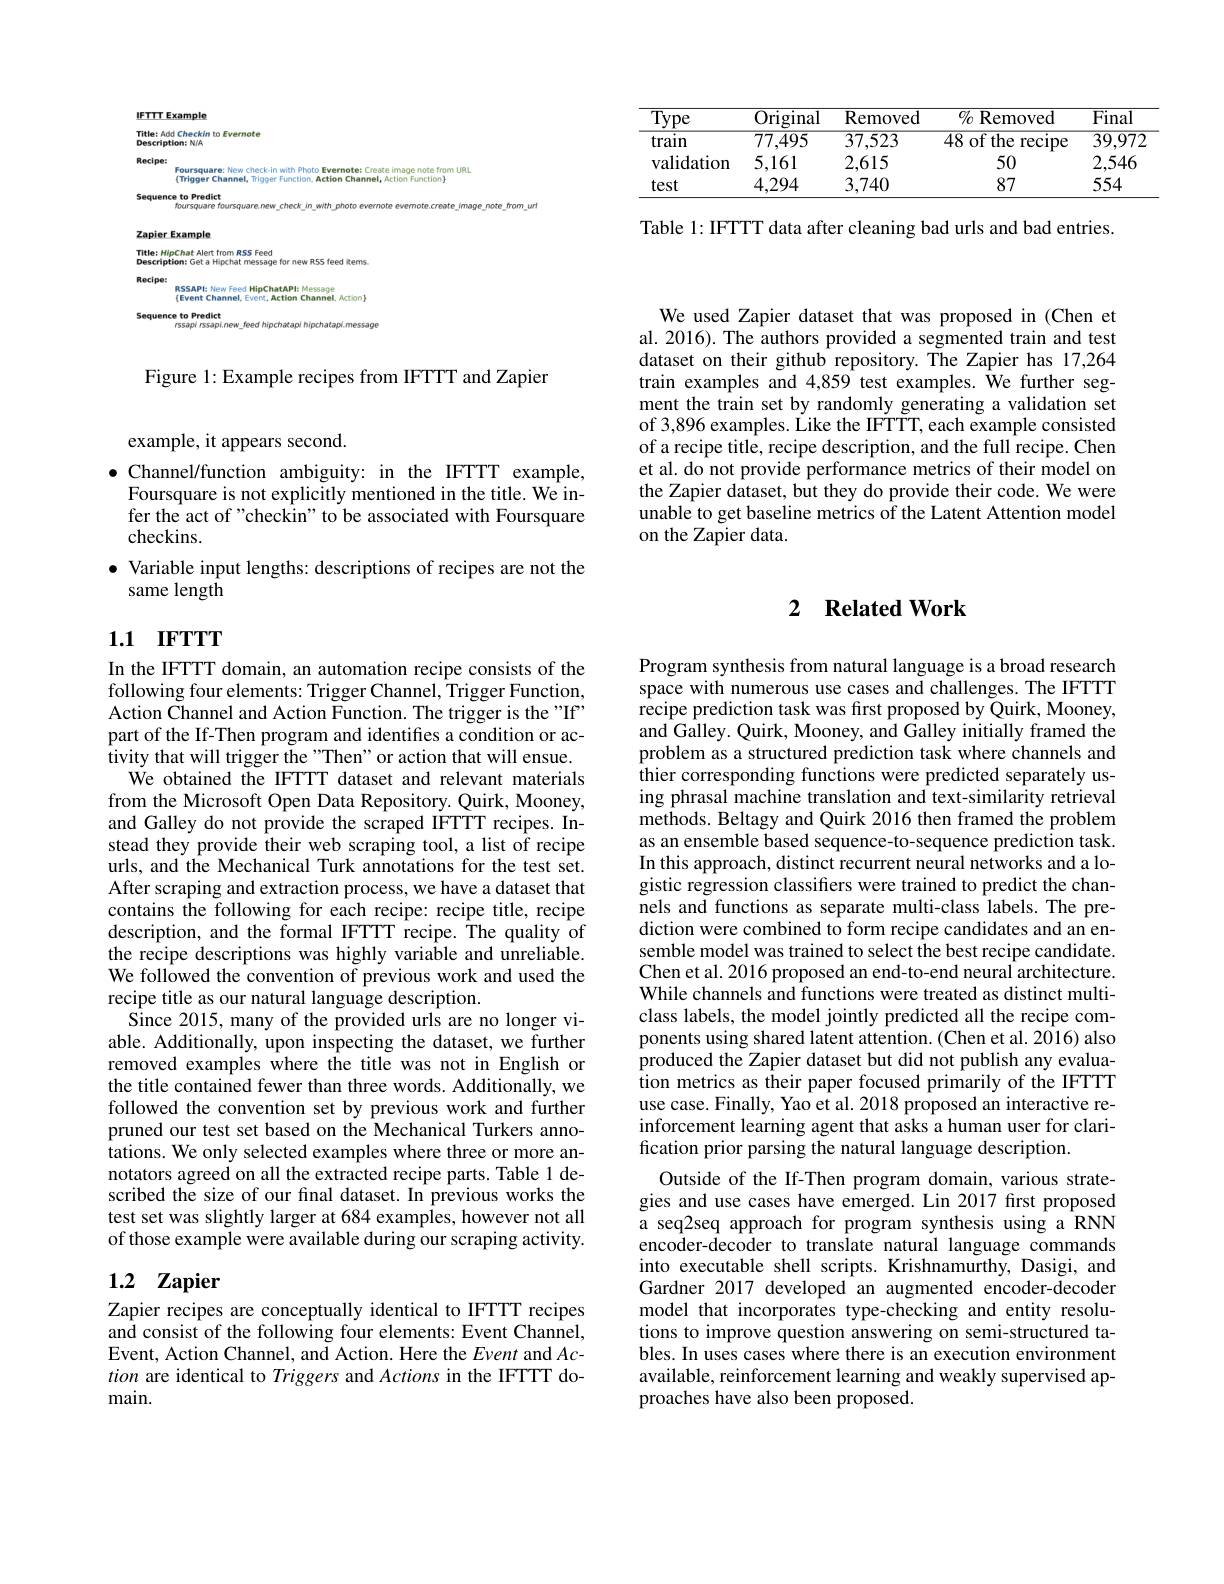
<FigureHere>

Figure 1: Example recipes from IFTTT and Zapier

<table>
	<tbody>
		<tr>
			<th>$\overline{\mathrm{Type}}$</th>
			<th>Original</th>
			<th>Removed</th>
			<th>$\%$ Removed</th>
			<th>$\overline{\mathrm{Final}}$</th>
		</tr>
		<tr>
			<td>train</td>
			<td>77,495</td>
			<td>37,523</td>
			<td>$\overline{48\mathrm{~of~the~recipe}}$</td>
			<td>$\overline{39,972}$</td>
		</tr>
		<tr>
			<td>validation</td>
			<td>5,161</td>
			<td>2,615</td>
			<td>50</td>
			<td>2,546</td>
		</tr>
		<tr>
			<td>test</td>
			<td>4,294</td>
			<td>3,740</td>
			<td>87</td>
			<td>554</td>
		</tr>
	</tbody>
</table>

Table 1: IFTTT data after cleaning bad urls and bad entries.

We used Zapier dataset that was proposed in (Chen et al. 2016). The authors provided a segmented train and test dataset on their github repository. The Zapier has 17,264 train examples and 4,859 test examples. We further segment the train set by randomly generating a validation set of 3,896 examples. Like the IFTTT, each example consisted of a recipe title, recipe description, and the full recipe. Chen et al. do not provide performance metrics of their model on the Zapier dataset, but they do provide their code. We were unable to get baseline metrics of the Latent Attention model on the Zapier data.

example, it appears second.

$\bullet$ Channel/function ambiguity: in the IFTTT example,
Foursquare is not explicitly mentioned in the title. We infer the act of "checkin" to be associated with Foursquare checkins.
$\bullet$ Variable input lengths: descriptions of recipes are not the

same length

# 1.1 IFTTT

In the IFTTT domain, an automation recipe consists of the following four elements: Trigger Channel, Trigger Function, Action Channel and Action Function. The trigger is the "If" part of the If-Then program and identifies a condition or activity that will trigger the "Then" or action that will ensue. We obtained the IFTTT dataset and relevant materials
from the Microsoft Open Data Repository. Quirk, Mooney, and Galley do not provide the scraped IFTTT recipes. Instead they provide their web scraping tool, a list of recipe urls, and the Mechanical Turk annotations for the test set. After scraping and extraction process, we have a dataset that contains the following for each recipe: recipe title, recipe description, and the formal IFTTT recipe. The quality of the recipe descriptions was highly variable and unreliable. We followed the convention of previous work and used the recipe title as our natural language description.
Since 2015, many of the provided urls are no longer viable. Additionally, upon inspecting the dataset, we further removed examples where the title was not in English or the title contained fewer than three words. Additionally, we followed the convention set by previous work and further pruned our test set based on the Mechanical Turkers annotations. We only selected examples where three or more annotators agreed on all the extracted recipe parts. Table 1 described the size of our final dataset. In previous works the test set was slightly larger at 684 examples, however not all of those example were available during our scraping activity.

## 1.2 $\mathbf{Zapier}$

Zapier recipes are conceptually identical to IFTTT recipes and consist of the following four elements: Event Channel, Event, Action Channel, and Action. Here the Event and $Ac-$ tion are identical to Triggers and Actions in the IFTTT domain.

## 2 $\textbf{Related Work}$

Program synthesis from natural language is a broad research space with numerous use cases and challenges. The IFTTT recipe prediction task was first proposed by Quirk, Mooney, and Galley. Quirk, Mooney, and Galley initially framed the problem as a structured prediction task where channels and thier corresponding functions were predicted separately using phrasal machine translation and text-similarity retrieval methods. Beltagy and Quirk 2016 then framed the problem as an ensemble based sequence-to-sequence prediction task. In this approach, distinct recurrent neural networks and a logistic regression classifiers were trained to predict the channels and functions as separate multi-class labels. The prediction were combined to form recipe candidates and an ensemble model was trained to select the best recipe candidate. Chen et al. 2016 proposed an end-to-end neural architecture While channels and functions were treated as distinct multiclass labels, the model jointly predicted all the recipe components using shared latent attention. (Chen et al. 2016) also produced the Zapier dataset but did not publish any evaluation metrics as their paper focused primarily of the IFTTT use case. Finally, Yao et al. 2018 proposed an interactive reinforcement learning agent that asks a human user for clarification prior parsing the natural language description
Outside of the If-Then program domain, various strategies and use cases have emerged. Lin 2017 first proposed a seq2seq approach for program synthesis using a RNN encoder-decoder to translate natural language commands into executable shell scripts. Krishnamurthy, Dasigi, and Gardner 2017 developed an augmented encoder-decoder model that incorporates type-checking and entity resolutions to improve question answering on semi-structured tables. In uses cases where there is an execution environment available, reinforcement learning and weakly supervised approaches have also been proposed.